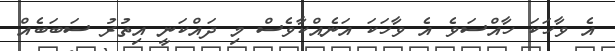
އެ ވާހަކަ ހާއްސަވެ އެ ވާހަކަ އަނެއްކާވެސް މި ދައްކަނީ އިތުރު ސަބަބެއް